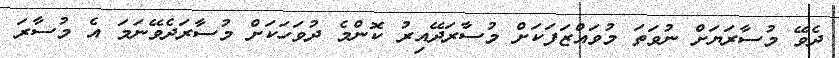
ދެވޭ މުސާރަޔަށް ނުވަތަ މުވައްޒަފަކަށް މުސާރަދޭއިރު ކޮންމެ ދުވަހަކަށް މުސާރަދެވޭނަމަ އެ މުސާރަ